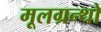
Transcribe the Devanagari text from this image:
मूलग्रन्थो